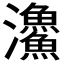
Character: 𩼪